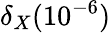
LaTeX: \delta_{X}(10^{-6})